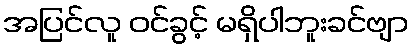
အပြင်လူ ဝင်ခွင့် မရှိပါဘူးခင်ဗျာ